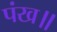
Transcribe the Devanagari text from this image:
पंख॥